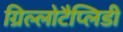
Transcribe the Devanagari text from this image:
ग्रिल्लोटैप्लिडी